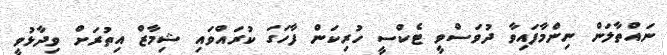
ނައްތާލަން ނިންމާފައިވާ ދުވަސްވީ ޓެކްސީ ހުރިކަން ފާހަގަ ކުރައްވައި ޝިމާޒް އިތުރަށް ވިދާޅުވީ